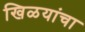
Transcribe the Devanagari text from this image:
खिळयांचा